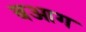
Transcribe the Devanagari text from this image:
बआग